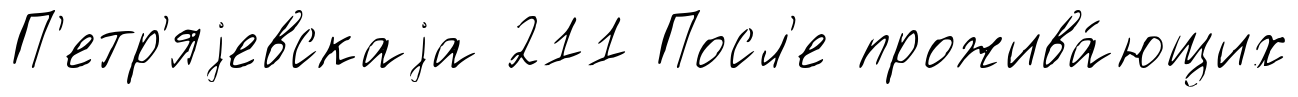
П'етр'яjевскаjа 211 Посл'е прожива́ющих